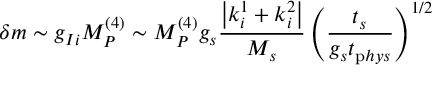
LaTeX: \delta m \sim g _ { I i } M _ { P } ^ { ( 4 ) } \sim M _ { P } ^ { ( 4 ) } g _ { s } \frac { \left| k _ { i } ^ { 1 } + k _ { i } ^ { 2 } \right| } { M _ { s } } \left( \frac { t _ { s } } { g _ { s } t _ { \mathrm p h y s } } \right) ^ { 1 / 2 }